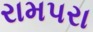
રામપરા